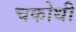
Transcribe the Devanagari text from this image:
चकोथी